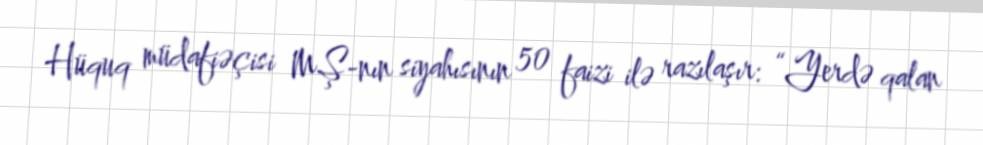
Hüquq müdafiəçisi MŞ-nın siyahısının 50 faizi ilə razılaşır: “Yerdə qalan